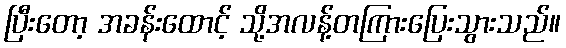
ပြီးတော့ အခန်းထောင့် သို့အလန့်တကြားပြေးသွားသည်။